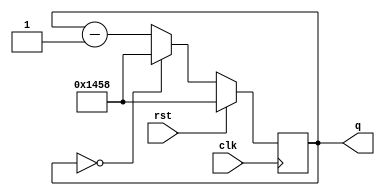
module prescaler
	#(
		parameter bitTime = 5208,
							N = 13
	)
	(
		input clk, rst,
		/*output wire tick,*/ 
		output wire [N-1:0] q
	);
	
	reg [N-1:0] bitCount;
	//reg tick_reg;

	always @(posedge clk)
		begin
			if (rst)
				//begin
					bitCount = bitTime;
					//tick_reg = 0;
				//end
			else
				begin
					if (bitCount == 14'b0) 
						//begin
							//tick_reg = ~tick_reg;
							bitCount = bitTime;
						//end
					else bitCount = bitCount - 1'b1; 
				end
		end

	/*assign tick = tick_reg;*/
	assign q = bitCount;

endmodule